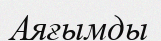
Аяғымды